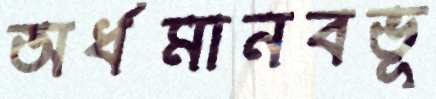
অর্ধমানবভূ